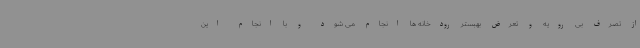
از تصرف بی رویه و تعرض بهبستر رودخانه ها انجام می شود و با انجام این